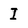
Character: I